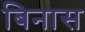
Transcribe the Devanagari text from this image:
बिनास